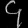
Digit: ၄